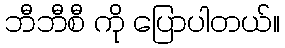
ဘီဘီစီ ကို ပြောပါတယ်။